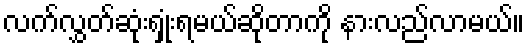
လက်လွှတ်ဆုံးရှုံးရမယ်ဆိုတာကို နားလည်လာမယ်။